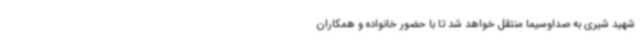
شهید شیری به صداوسیما منتقل خواهد شد تا با حضور خانواده و همکاران